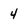
Character: 4